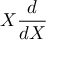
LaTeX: X { \frac { d } { d X } }